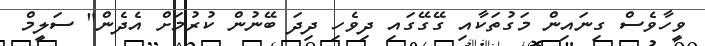
ވީހާވެސް ގިނައިން މަގުތަކާއި ގޭގޭގައި ދިވެހި ދިދަ ބޭނުން ކުރުމަށް އެދެން" ސަލީމް